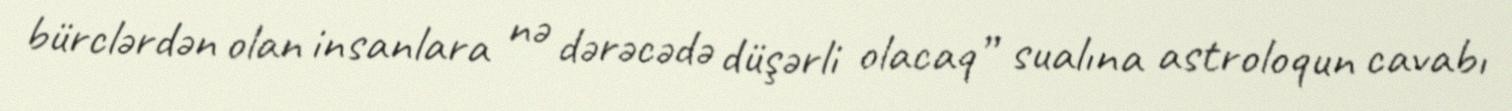
bürclərdən olan insanlara nə dərəcədə düşərli olacaq” sualına astroloqun cavabı